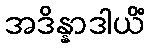
အဒိန္နာဒါယိံ